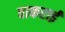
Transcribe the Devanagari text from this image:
वाकराई